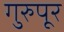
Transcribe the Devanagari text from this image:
गुरुपूर